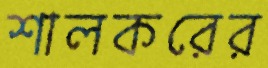
শালকরের